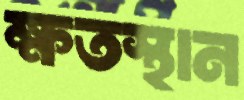
ক্ষতস্থান